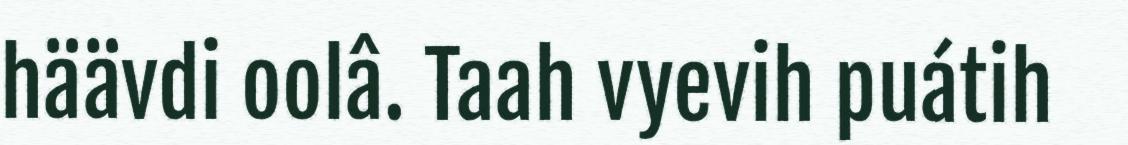
häävdi oolâ. Taah vyevih puátih